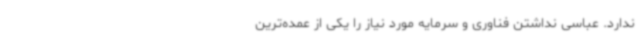
ندارد. عباسی نداشتن فناوری و سرمایه مورد نیاز را یکی از عمده‌ترین